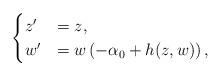
LaTeX: \begin{align*}\begin{cases}z'&=z,\\w'&=w\left(-\alpha_0 +h(z,w)\right),\end{cases}\end{align*}